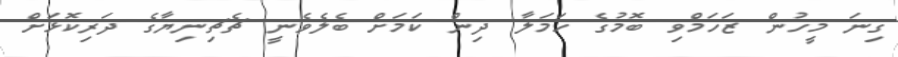
ގިނަ މީހުން ޒަހަމްވި ބޮމުގެ ހަމަލާ ދިން ކަމަށް ބެލެވެނީ ޗެޗިނިޔާގެ ދަރިކޮޅަށް